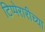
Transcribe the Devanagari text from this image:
टिप्पेरारीच्या